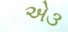
એ૩